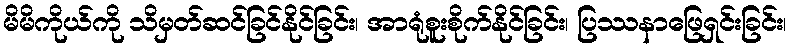
မိမိကိုယ်ကို သိမှတ်ဆင်ခြင်နိုင်ခြင်း၊ အာရုံစူးစိုက်နိုင်ခြင်း၊ ပြဿနာဖြေရှင်းခြင်း၊